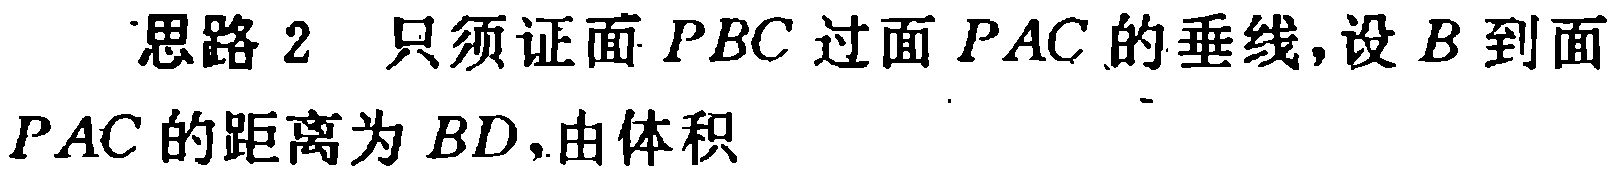
思路 2 只须证面 \(PBC\) 过面 \(PAC\) 的垂线,设 \(B\) 到面 \(PAC\) 的距离为 \(BD\),由体积